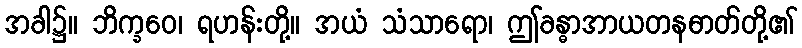
အခါ၌။ ဘိက္ခဝေ၊ ရဟန်းတို့။ အယံ သံသာရော၊ ဤခန္ဓာအာယတနဓာတ်တို့၏